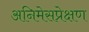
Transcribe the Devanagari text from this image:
अनिमेसप्रेक्षण